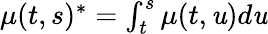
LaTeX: \textstyle\mu(t,s)^{*}=\int_{t}^{s}\mu(t,\mathit{u})d\mathit{u}